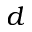
d